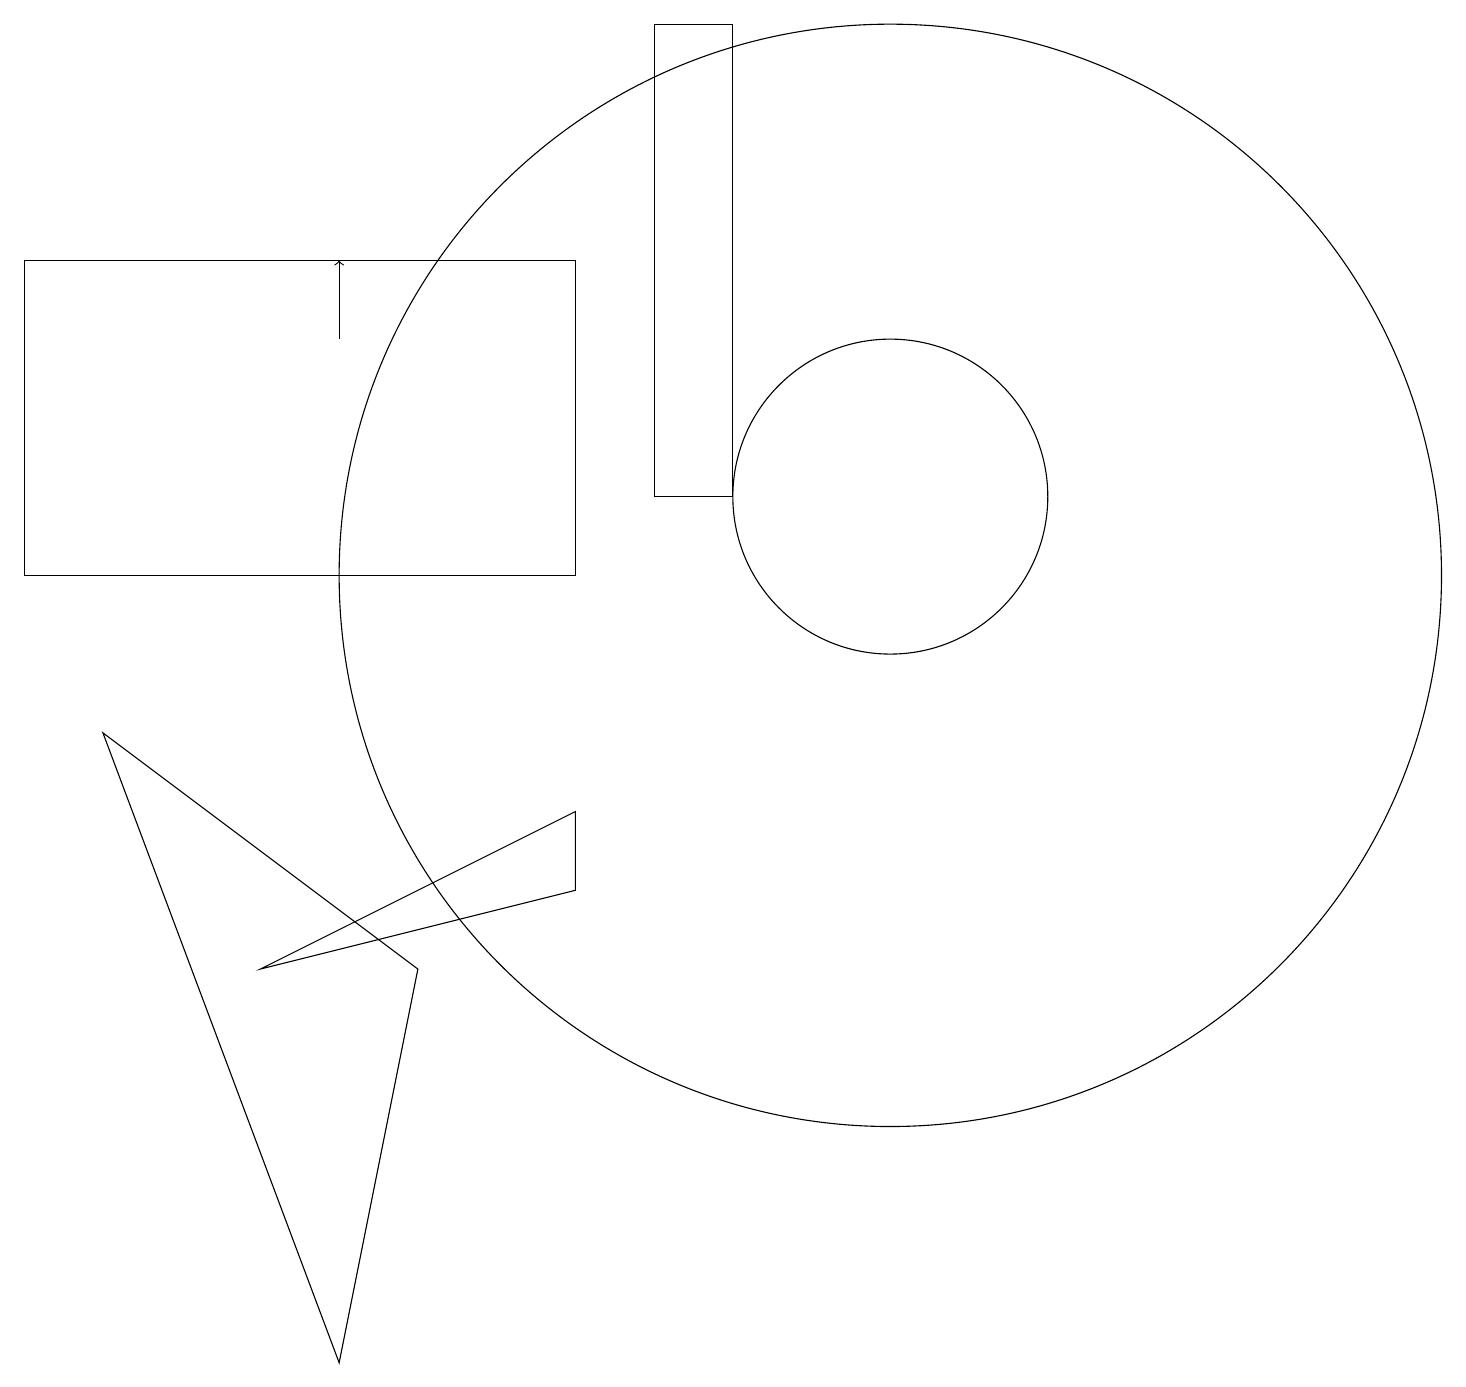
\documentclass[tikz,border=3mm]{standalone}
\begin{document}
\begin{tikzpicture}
\draw (8,11) rectangle (9,17);
\draw (7,7) -- (7,6) -- (3,5) -- cycle;
\draw (4,0) -- (5,5) -- (1,8) -- cycle;
\draw[->] (4,13) -- (4,14);
\draw (11,11) circle (2);
\draw (11,10) circle (7);
\draw (0,14) rectangle (7,10);
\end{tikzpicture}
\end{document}